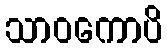
သာဝကောပိ